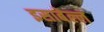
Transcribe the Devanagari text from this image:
इसाबेल्ल